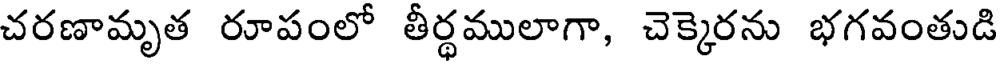
చరణామృత రూపంలో తీర్థములాగా, చెక్కెరను భగవంతుడి